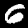
Digit: 6